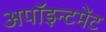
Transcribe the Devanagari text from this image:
अपॉइन्टमेंट